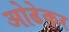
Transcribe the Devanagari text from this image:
ओढेकर